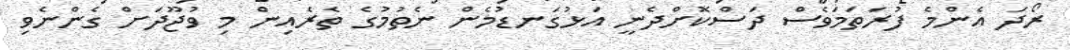
ރޯދަ އެންމެ ފުރަތަމަވެސް ދަސްކޮށްދެނީ އަޅުގަނޑުމެން ނެތުމުގެ ތެރެއިން މި ވުޖޫދަށް ގެންނެވި